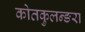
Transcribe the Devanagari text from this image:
कोतकुलन्ङरा